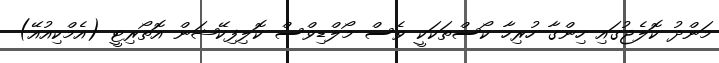
މަންދު ކޮލެޖުގައި ހިންގާ ހުރިހާ ކޯސްތަކަކީ ވެސް މޯލްޑިވްސް ކޮލިފިކޭޝަން އޮތޯރިޓީ (އެމްކިއުއޭ)